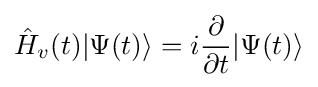
{\hat {H}}_{v}(t)|\Psi (t)\rangle =i{\frac {\partial }{\partial t}}|\Psi (t)\rangle